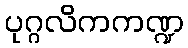
ပုဂ္ဂလိကကဏ္ဍ